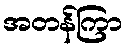
အတန်ကြာ